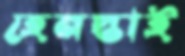
হেনস্তাই